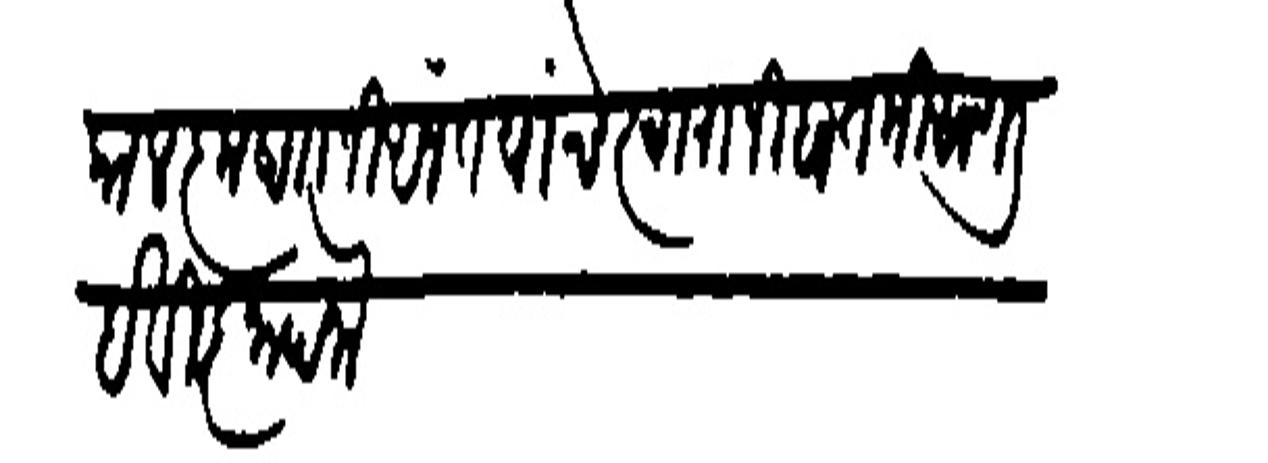
Transliteration (Devanagari): काल कृष्णाजी अनंत यांचे स्वारानी बातमी आणली हे विज्ञापना